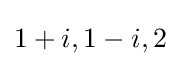
1+i,1-i,2